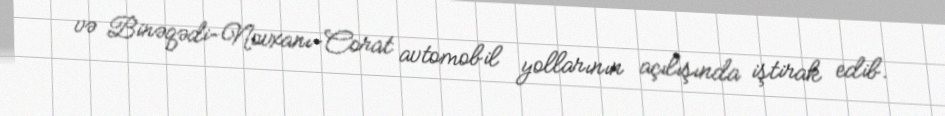
və Binəqədi-Novxanı-Corat avtomobil yollarının açılışında iştirak edib.